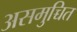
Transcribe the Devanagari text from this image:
असमुच्चित